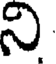
ని